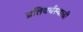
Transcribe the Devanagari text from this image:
प्रतिवर्चस्वाची